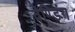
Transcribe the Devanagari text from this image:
वेण्डिंग